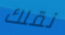
نقلك